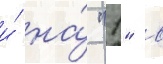
и́ на́ "1" в